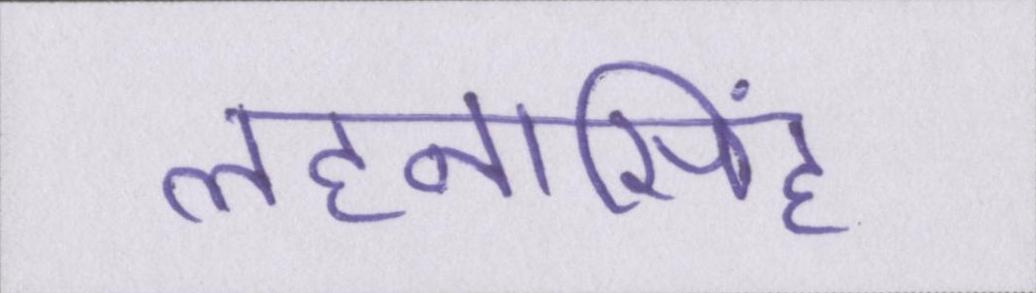
लहनासिंह